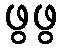
ဖွဖွ